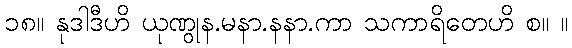
၁၈။ နုဒါဒီဟိ ယုဏွုန.မနာ.နနာ.ကာ သကာရိတေဟိ စ။ ။